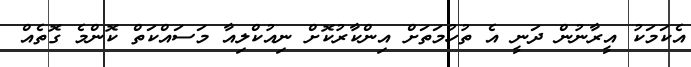
އެކަމަކު އީރާނުން ދަނީ އެ ތުހުމަތަށް އިންކާރުކޮށް ނިއުކްލިއާ މަސައްކަތް ކޮންމެ ގޮތެއް